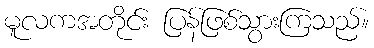
မူလကအတိုင်း ပြန်ဖြစ်သွားကြသည်။